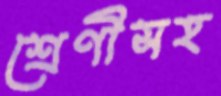
শ্রেণীসহ